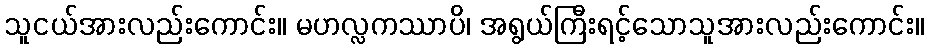
သူငယ်အားလည်းကောင်း။ မဟလ္လကဿာပိ၊ အရွယ်ကြီးရင့်သောသူအားလည်းကောင်း။